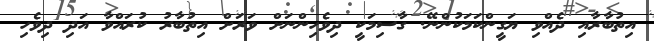
އިތުބާރާއި ދެއްވި ޔަގީންކަމަކުންނޭ. ގާސިމަކީ ދިވެހިންނަށް ވަރަށް އިތުބާރު ކުރައްވާ އަދި ދިވެހި